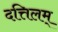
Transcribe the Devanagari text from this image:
दत्तिलम्‌